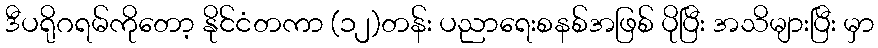
ဒီပရိုဂရမ်ကိုတော့ နိုင်ငံတကာ (၁၂)တန်း ပညာရေးစနစ်အဖြစ် ပိုပြီး အသိများပြီး မှာ